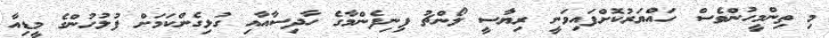
މި ތިންމީހުންވެސް ހައްުޔަރުކޮށްފައިވަނީ ރިޔުާސީ ލޯންޗު ފިނިފެންމާގެ ހާދިސާއާއި ގުޅިގެންކަމަށް ފުލުހުންގެ މީޑިއާ